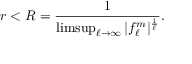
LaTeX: r < R = { \frac { 1 } { \operatorname* { l i m s u p } _ { \ell \to \infty } | f _ { \ell } ^ { m } | ^ { \frac { 1 } { \ell } } } } .